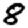
Digit: 8